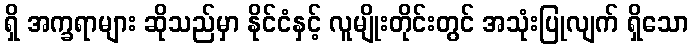
ရှိ အက္ခရာများ ဆိုသည်မှာ နိုင်ငံနှင့် လူမျိုးတိုင်းတွင် အသုံးပြုလျက် ရှိသော